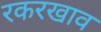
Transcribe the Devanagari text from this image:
रकरखाव